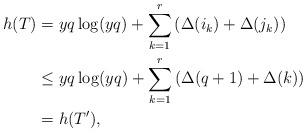
LaTeX: \begin{align*} h(T)&=yq \log(yq) + \sum_{k=1}^{r} \left( \Delta(i_k) + \Delta(j_k) \right)\\ &\le yq \log(yq) + \sum_{k=1}^{r} \left( \Delta(q+1)+\Delta(k) \right)\\ &= h(T'), \end{align*}